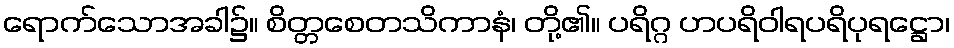
ရောက်သောအခါ၌။ စိတ္တစေတသိကာနံ၊ တို့၏။ ပရိဂ္ဂ ဟပရိဝါရပရိပုရဋ္ဌော၊